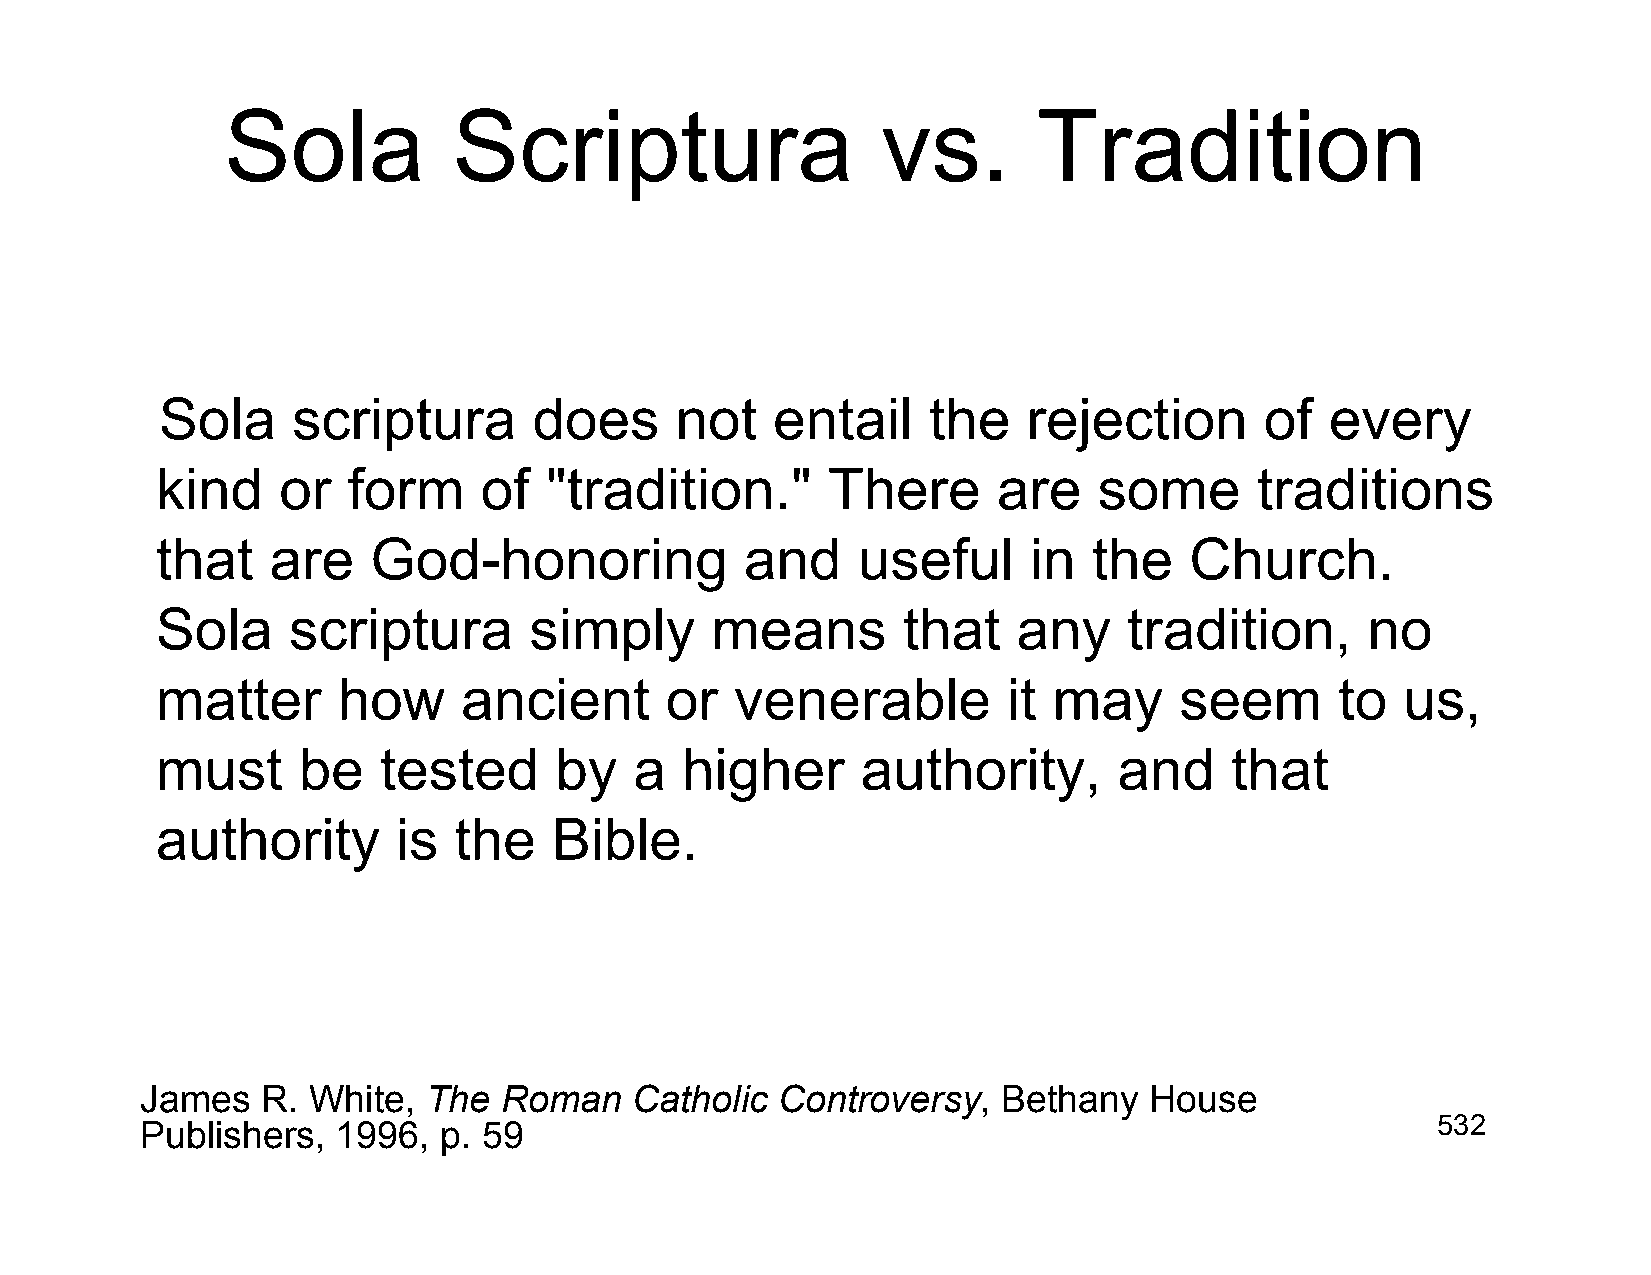
Sola           Scriptura                   vs.        Tradition
 Sola    scriptura       does      not   entail    the    rejection       of  every
 kind    or   form     of  "tradition."       There      are    some      traditions
 that    are    God-honoring            and     useful     in  the    Church.
 Sola     scriptura       simply      means        that   any     tradition,     no
 matter      how      ancient      or   venerable         it may     seem       to  us,
 must      be   tested      by   a  higher      authority,       and    that
 authority       is  the    Bible.
 James   R. White,  The  Roman    Catholic Controversy,   Bethany   House
 Publishers,  1996,  p. 59                                                             532